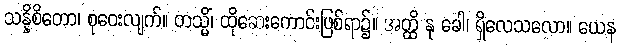
သန္နိစိတော၊ စုဝေးလျက်။ တသ္မိံ၊ ထိုဆေးကောင်းဖြစ်ရာ၌။ အတ္ထိ နု ခေါ၊ ရှိလေသလော။ ယေန